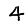
Digit: 4